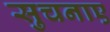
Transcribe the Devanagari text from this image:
सुचनाए